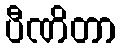
ပီဏိတာ